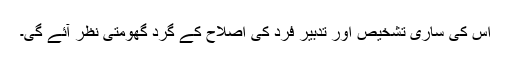
اس کی ساری تشخیص اور تدبیر فرد کی اصلاح کے گرد گھومتی نظر آئے گی۔